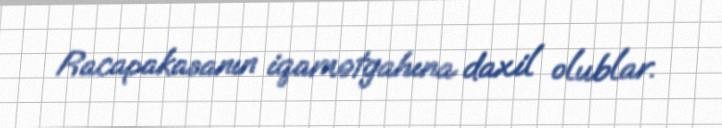
Racapakasanın iqamətgahına daxil olublar.